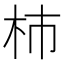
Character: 杮